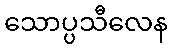
သောပ္ပသီလေန